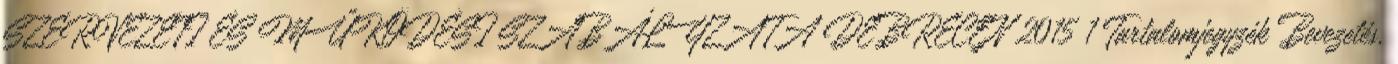
SZERVEZETI ÉS MŰKÖDÉSI SZABÁLYZATA DEBRECEN 2015 1 Tartalomjegyzék Bevezetés.